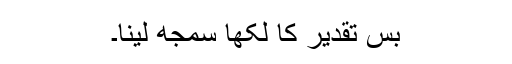
بس تقدیر کا لکھا سمجھ لینا۔